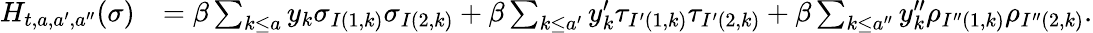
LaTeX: \begin{array}{rl}{H_{t,a,a^{\prime},a^{\prime\prime}}(\sigma)}&{=\beta\sum_{k\leq a}y_{k}\sigma_{I(1,k)}\sigma_{I(2,k)}+\beta\sum_{k\leq a^{\prime}}y_{k}^{\prime}\tau_{I^{\prime}(1,k)}\tau_{I^{\prime}(2,k)}+\beta\sum_{k\leq a^{\prime\prime}}y_{k}^{\prime\prime}\rho_{I^{\prime\prime}(1,k)}\rho_{I^{\prime\prime}(2,k)}.}\end{array}